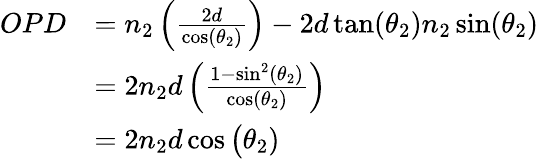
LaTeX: {\begin{array}{rl}{OPD}&{=n_{2}\left({\frac{2d}{\cos(\theta_{2})}}\right)-2d\tan(\theta_{2})n_{2}\sin(\theta_{2})}\\ &{=2n_{2}d\left({\frac{1-\sin^{2}(\theta_{2})}{\cos(\theta_{2})}}\right)}\\ &{=2n_{2}d\cos{\big(}\theta_{2})}\end{array}}